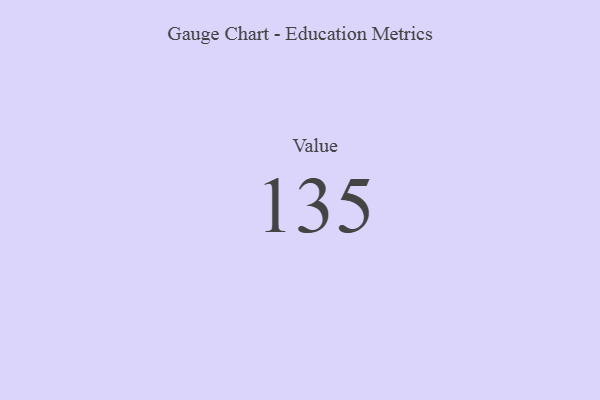
{"axis": {"x": "Metric", "y": "Value"}, "legend": [""], "data": [{"x": "Value", "y": 135, "type": ""}]}